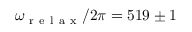
\omega _ { \mathrm { ~ r ~ e ~ l ~ a ~ x ~ } } / 2 \pi = 5 1 9 \pm 1